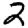
Digit: 2